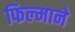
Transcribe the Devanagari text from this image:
फिल्‍माने